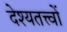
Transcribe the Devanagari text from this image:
देश्यतत्त्वों